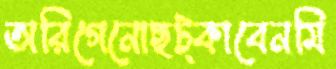
অরিগেনোছট্‌কাবেনমি